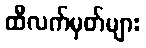
ထီလက်မှတ်များ